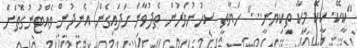
"ކީކޭ. ކީކޭ މިކާ ތިކިޔަނީ..." ހަޔާތީ ސިހުނުވަރުން ތެދުވާން ހަދައިގެން އެނދުން ވެއްޓުނުގޮތަށް